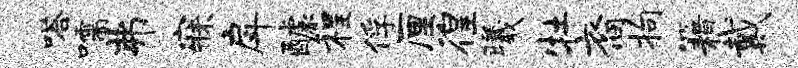
嗒嚅弗寐戽醵程俘厘徨曦牡裔拘籍戴